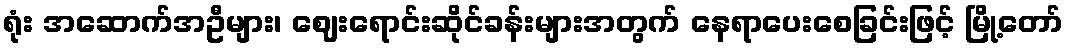
ရုံး အဆောက်အဦများ၊ ဈေးရောင်းဆိုင်ခန်းများအတွက် နေရာပေးစေခြင်းဖြင့် မြို့တော်